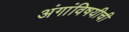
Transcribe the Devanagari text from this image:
अंगांविषयीची